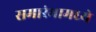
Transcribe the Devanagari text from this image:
समारंभामध्ये